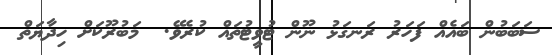
ސަބަބުން ބައެއް ފަހަރު ރަނގަޅު ނޫން ޓުވީޓުތައް ކުރެވޭ.  މަބުރޫކަށް ހިދާޔަތް